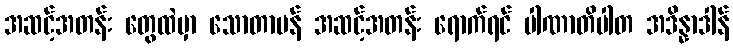
အဆင့်အတန်း တွေထဲမှာ သောတာပန် အဆင့်အတန်း ရောက်ရင် ပါဏာတိပါတ အဒိန္နာဒါန်